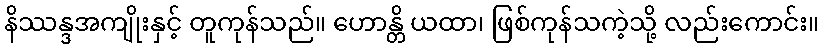
နိဿန္ဒအကျိုးနှင့် တူကုန်သည်။ ဟောန္တိ ယထာ၊ ဖြစ်ကုန်သကဲ့သို့ လည်းကောင်း။